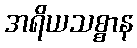
အရိယသစ္စာန